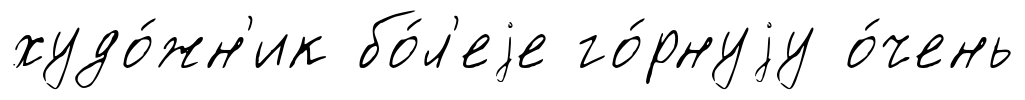
худо́жн'ик бо́л'еjе го́рнуjу о́чень